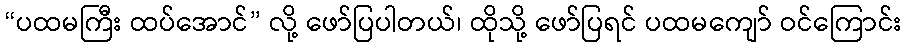
“ပထမကြီး ထပ်အောင်” လို့ ဖော်ပြပါတယ်၊ ထိုသို့ ဖော်ပြရင် ပထမကျော် ဝင်ကြောင်း